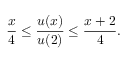
\frac x 4 \leq \frac { u ( x ) } { u ( 2 ) } \leq \frac { x + 2 } { 4 } .